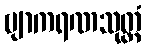
ဗျာကရဏသုတ္တံ